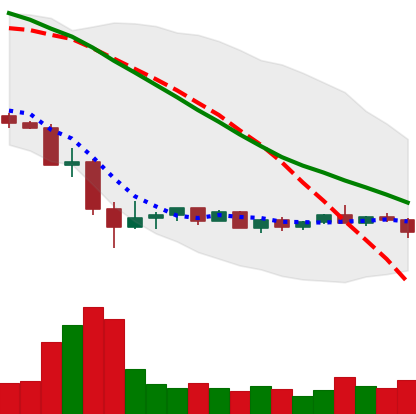
Ticker: EOS-USD
Chart end date: 2022-05-26
Forward return: 11.233%
Label: up_7plus